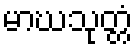
မာဃသုတ္တံ